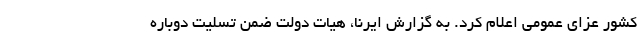
کشور عزای عمومی اعلام کرد. به گزارش ایرنا، هیات دولت ضمن تسلیت دوباره